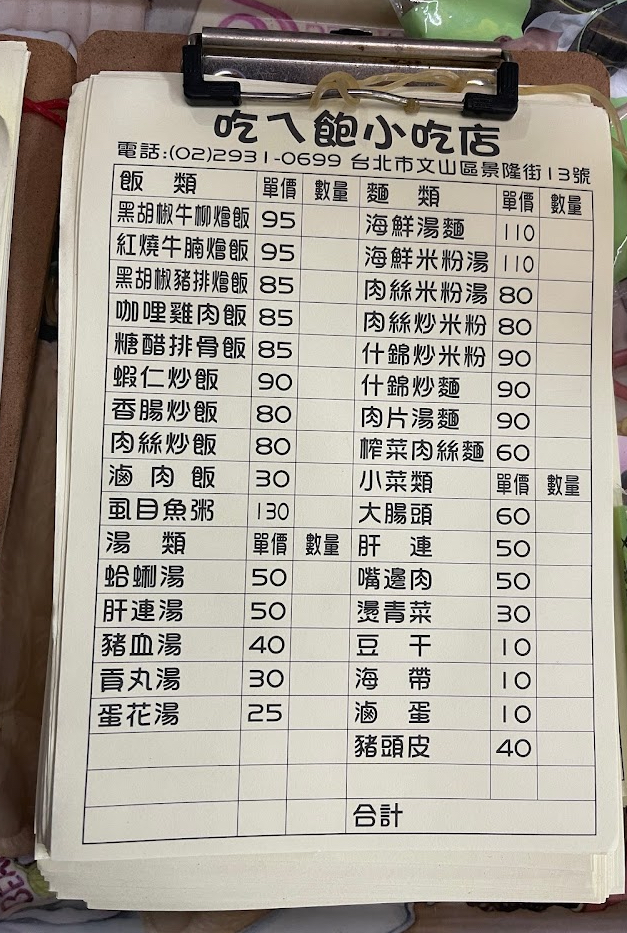
餐廳：吃ㄟ飽少吃店
地址：台北市文山區景隆街13號
電話：(02)2931-0699
菜單：
name: 黑胡椒牛柳燴飯
price: 95
name: 紅燒牛腩燴飯
price: 95
name: 黑胡椒豬排燴飯
price: 85
name: 咖哩雞肉飯
price: 85
name: 糖醋排骨飯
price: 85
name: 蝦仁炒飯
price: 90
name: 香腸炒飯
price: 80
name: 肉絲炒飯
price: 80
name: 滷肉飯
price: 30
name: 虱目魚粥
price: 130
name: 海鮮湯麵
price: 110
name: 海鮮米粉湯
price: 110
name: 肉絲米粉湯
price: 80
name: 肉絲炒米粉
price: 80
name: 什錦炒米粉
price: 90
name: 什錦炒麵
price: 90
name: 肉片湯麵
price: 90
name: 榨菜肉絲麵
price: 60
name: 大腸頭
price: 60
name: 肝連
price: 50
name: 嘴邊肉
price: 50
name: 燙青菜
price: 30
name: 豆干
price: 10
name: 海帶
price: 10
name: 滷蛋
price: 10
name: 豬頭皮
price: 40
name: 蛤蜊湯
price: 50
name: 肝連湯
price: 50
name: 豬血湯
price: 40
name: 貢丸湯
price: 30
name: 蛋花湯
price: 25